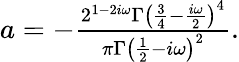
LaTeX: \begin{array}{r}{a=-\frac{2^{1-2i\omega}\Gamma\left(\frac{3}{4}-\frac{i\omega}{2}\right)^{4}}{\pi\Gamma\left(\frac{1}{2}-i\omega\right)^{2}}.}\end{array}